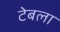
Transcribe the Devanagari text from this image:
टेबला